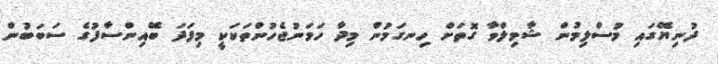
ދުނިޔޭގައި މުސްލިމުން ޝާމިލްވާ ގޮތަށް ހިނގަމުން މިދާ ހަމަނުޖެހުންތަކަކީ މިފަދަ ބޭއިންސާފުގެ ސަބަބުން